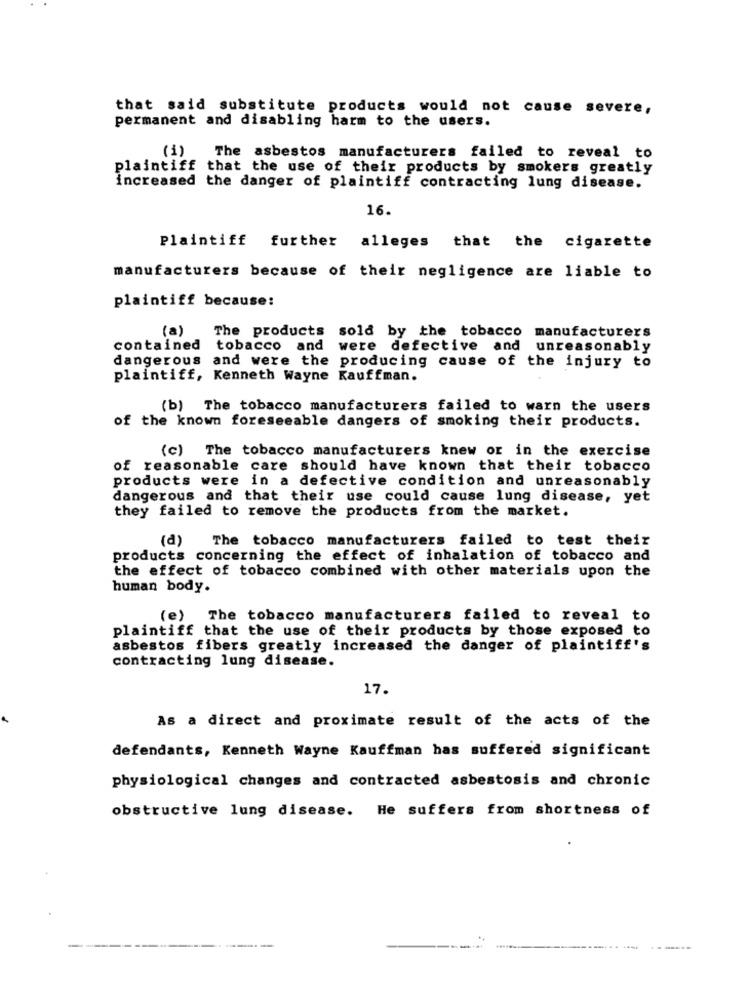
that said substitute products would not cause severe,
permanent and disabling harm to the users.
(1)
The asbestos manufacturers failed to reveal to
plaintiff that the use of their products by smokers greatly
increased the danger of plaintiff contracting lung disease.
16.
Plaintiff further alleges that the cigarette
manufacturers because of their negligence are liable to
plaintiff because:
(a)
The products sold by the tobacco manufacturers
contained
tobacco and
were defective and unreasonably
dangerous
and were the producing cause of the injury to
plaintiff, Kenneth Wayne Kauffman.
(b) The tobacco manufacturers failed to warn the users
of the known foreseeable dangers of smoking their products.
(c) The tobacco manufacturers knew or in the exercise
of reasonable care should have known that their tobacco
products were in a defective condition and unreasonably
dangerous and that their use could cause lung disease, yet
they failed to remove the products from the market.
(a)
The tobacco manufacturers failed to test their
products concerning the effect of inhalation of tobacco and
the effect of tobacco combined with other materials upon the
human body.
(e) The tobacco manufacturers failed to reveal to
plaintiff that the use of their products by those exposed to
asbestos fibers greatly increased the danger of plaintiff's
contracting lung disease.
17.
As a direct and proximate result of the acts of the
defendants, Kenneth Wayne Kauffman has suffered significant
physiological changes and contracted asbestosis and chronic
obstructive lung disease. He suffers from shortness of